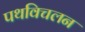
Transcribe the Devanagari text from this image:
पथविचलन